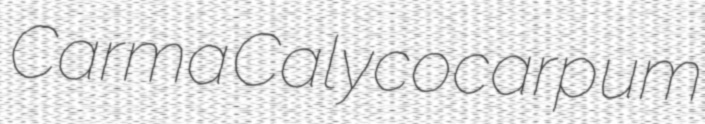
Carma Calycocarpum